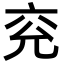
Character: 兖